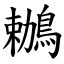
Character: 鶒